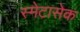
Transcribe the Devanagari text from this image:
स्मेटासेक